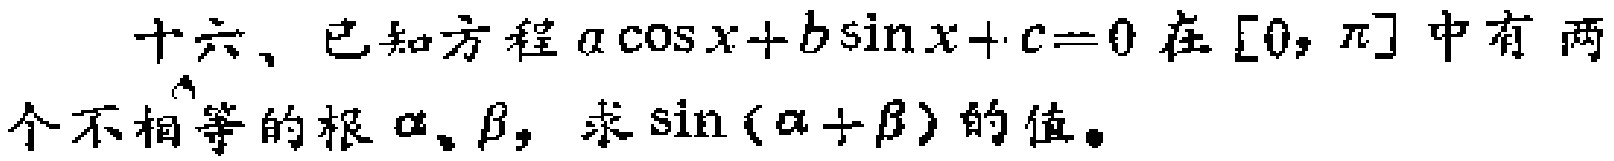
十六、已知方程\(a\cos x + b\sin x + c = 0\)在\([0, \pi]\)中有两个不相等的根\(\alpha\)、\(\beta\)，求\(\sin(\alpha + \beta)\)的值。